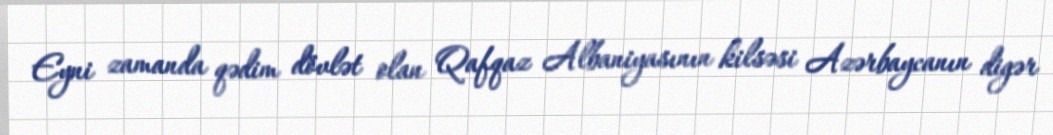
Eyni zamanda qədim dövlət olan Qafqaz Albaniyasının kilsəsi Azərbaycanın digər